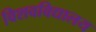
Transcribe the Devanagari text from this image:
विशवविद्यालय